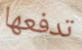
تدفعها